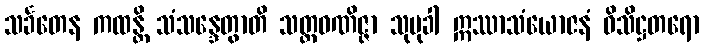
သင်္ခတေန ကထန္တိ သံသန္ဒေတွာတိ သတ္ထဝဏိဇ္ဇာ သုမုခါ ဣဿာသံယောဇနံ ဝိသိဋ္ဌတရော